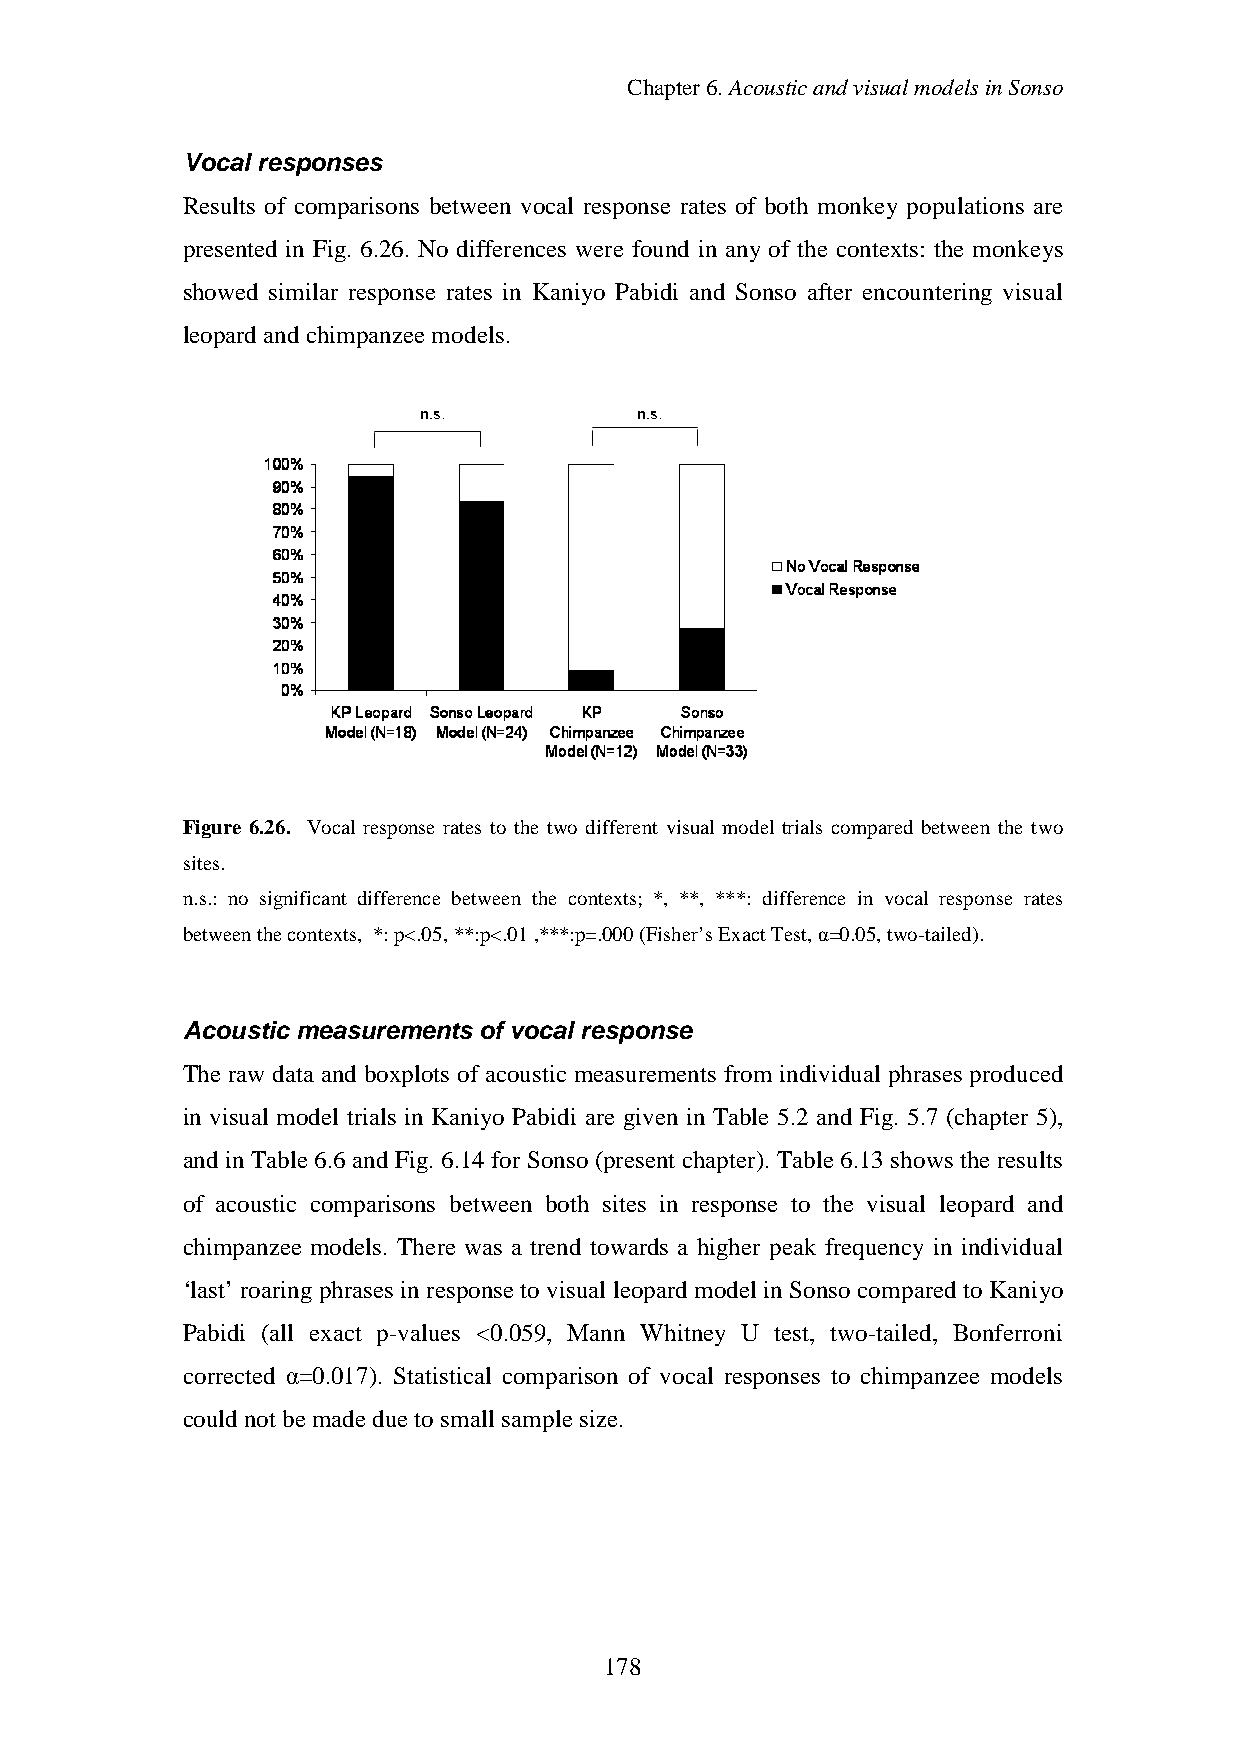
Chapter6.AcousticandvisualmodelsinSonso
 Vocal responses
 Results of comparisons between vocal response rates of both monkey populations are
 presented in Fig. 6.26. No differences were found in any of the contexts: the monkeys
 showed similar response rates in Kaniyo Pabidi and Sonso after encountering visual
 leopardand chimpanzee models.
 Figure 6.26. Vocal response rates to the two different visual model trials compared between the two
 sites.
 n.s.: no significant difference between the contexts; *, **, ***: difference in vocal response rates
 betweenthecontexts, *:p<.05,**:p<.01,***:p=.000(Fisher’sExactTest,α=0.05,two-tailed).
 Acoustic measurements of vocal response
 The raw data and boxplots of acoustic measurements from individual phrases produced
 in visual model trials in Kaniyo Pabidi are given in Table 5.2 and Fig. 5.7 (chapter 5),
 and in Table 6.6 and Fig. 6.14 for Sonso (present chapter). Table 6.13 shows the results
 of acoustic comparisons between both sites in response to the visual leopard and
 chimpanzee models. There was a trend towards a higher peak frequency in individual
 ‘last’ roaringphrases in response to visual leopard model in Sonso compared to Kaniyo
 Pabidi (all exact p-values <0.059, Mann Whitney U test, two-tailed, Bonferroni
 corrected α=0.017). Statistical comparison of vocal responses to chimpanzee models
 couldnot bemadedueto small samplesize.
 178